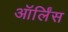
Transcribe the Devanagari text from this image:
ऑर्लिंस